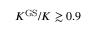
K ^ { \mathrm { G S } } / K \gtrsim 0 . 9